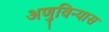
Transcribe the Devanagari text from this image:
अणुविन्यास